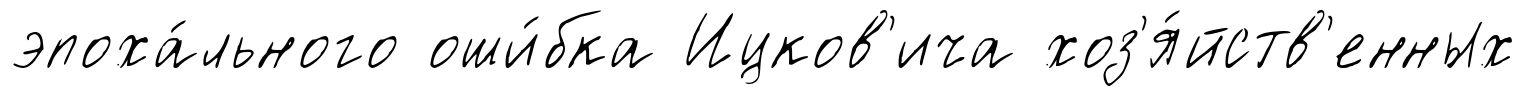
эпоха́льного оши́бка Ицков'ича хоз'я́йств'енных